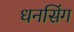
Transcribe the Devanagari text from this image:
धनसिंग